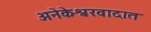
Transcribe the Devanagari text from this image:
अनेकेश्वरवादात